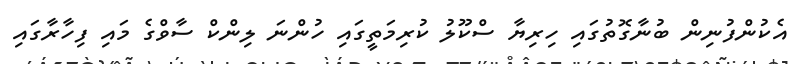
އެކުންފުނިން ބުނާގޮތުގައި ހިރިޔާ ސްކޫލު ކުރިމަތީގައި ހުންނަ ލިންކް ސާވްގެ މައި ފިހާރާގައި